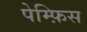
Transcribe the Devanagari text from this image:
पेम्फ़िस